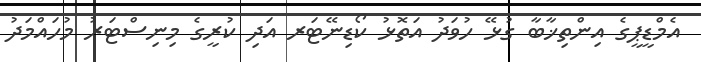
އެމްޑީޕީގެ އިންތިޚާބާ ގުޅޭ ހުވަދު އަތޮޅު ކޯޑިނޭޓަރ އަދި ކުރީގެ މިނިސްޓަރު މުހައްމަދު